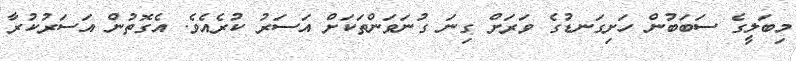
މިބަލީގެ ސަބަބުން ހަށިގަނޑުގެ ވަރަށް ގިނަ ގުނަވަންތަކަށް އަސަރު ކުރެއެވެ. އެގޮތުން އަސަރުކުރާ